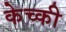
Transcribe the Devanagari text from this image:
केच्की